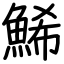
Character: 鯑